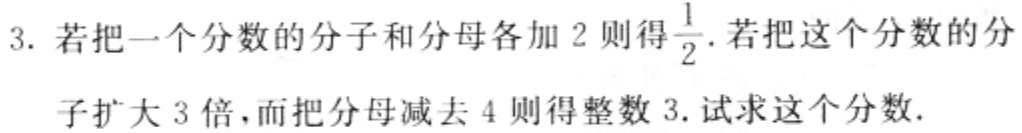
3. 若把一个分数的分子和分母各加 2 则得$\frac{1}{2}$. 若把这个分数的分子扩大 3 倍，而把分母减去 4 则得整数 3. 试求这个分数.